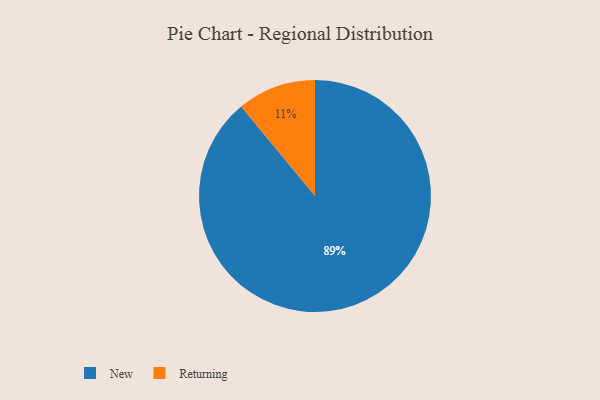
{"axis": {"x": "Category", "y": "Percentage"}, "legend": ["New", "Returning"], "data": [{"x": "Returning", "y": 11, "type": "Returning"}, {"x": "New", "y": 89, "type": "New"}]}